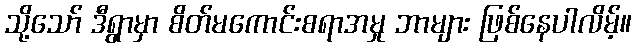
သို့သော် ဒီရွာမှာ စိတ်မကောင်းစရာအမှု ဘာများ ဖြစ်နေပါလိမ့်။